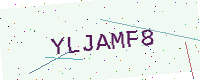
Text: YLJAMF8